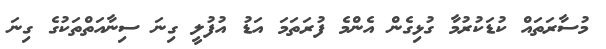
މުސާރަތައް ކުޑަކުރުމާ ގުޅިގެން އެންމެ ފުރަތަމަ އަޑު އުފުލީ ގިނަ ސިނާއަތްތަކުގެ ގިނަ